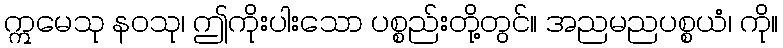
ဣမေသု နဝသု၊ ဤကိုးပါးသော ပစ္စည်းတို့တွင်။ အညမညပစ္စယံ၊ ကို။